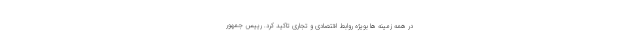
در همه زمینه ها بویژه روابط اقتصادی و تجاری تاکید کرد. رییس جمهور